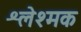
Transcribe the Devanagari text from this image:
श्लेश्मक